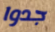
جدوا